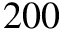
2 0 0